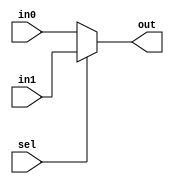
module Mux2x1(sel, in0, in1, out);

parameter BIT_WIDTH = 32;

input sel;
input [BIT_WIDTH - 1 : 0]  in0;
input [BIT_WIDTH - 1 : 0]  in1;
output [BIT_WIDTH - 1 : 0]  out;

assign out = (sel) ? in1 : in0;

endmodule